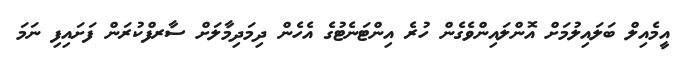
އީމެއިލް ބަލައިލުމަށް އޮންލައިންވެގެން ހުރެ އިންޓަނެޓުގެ އެހެން ދިމަދިމާލަށް ސާރފްކުރަން ފަށައިފި ނަމަ